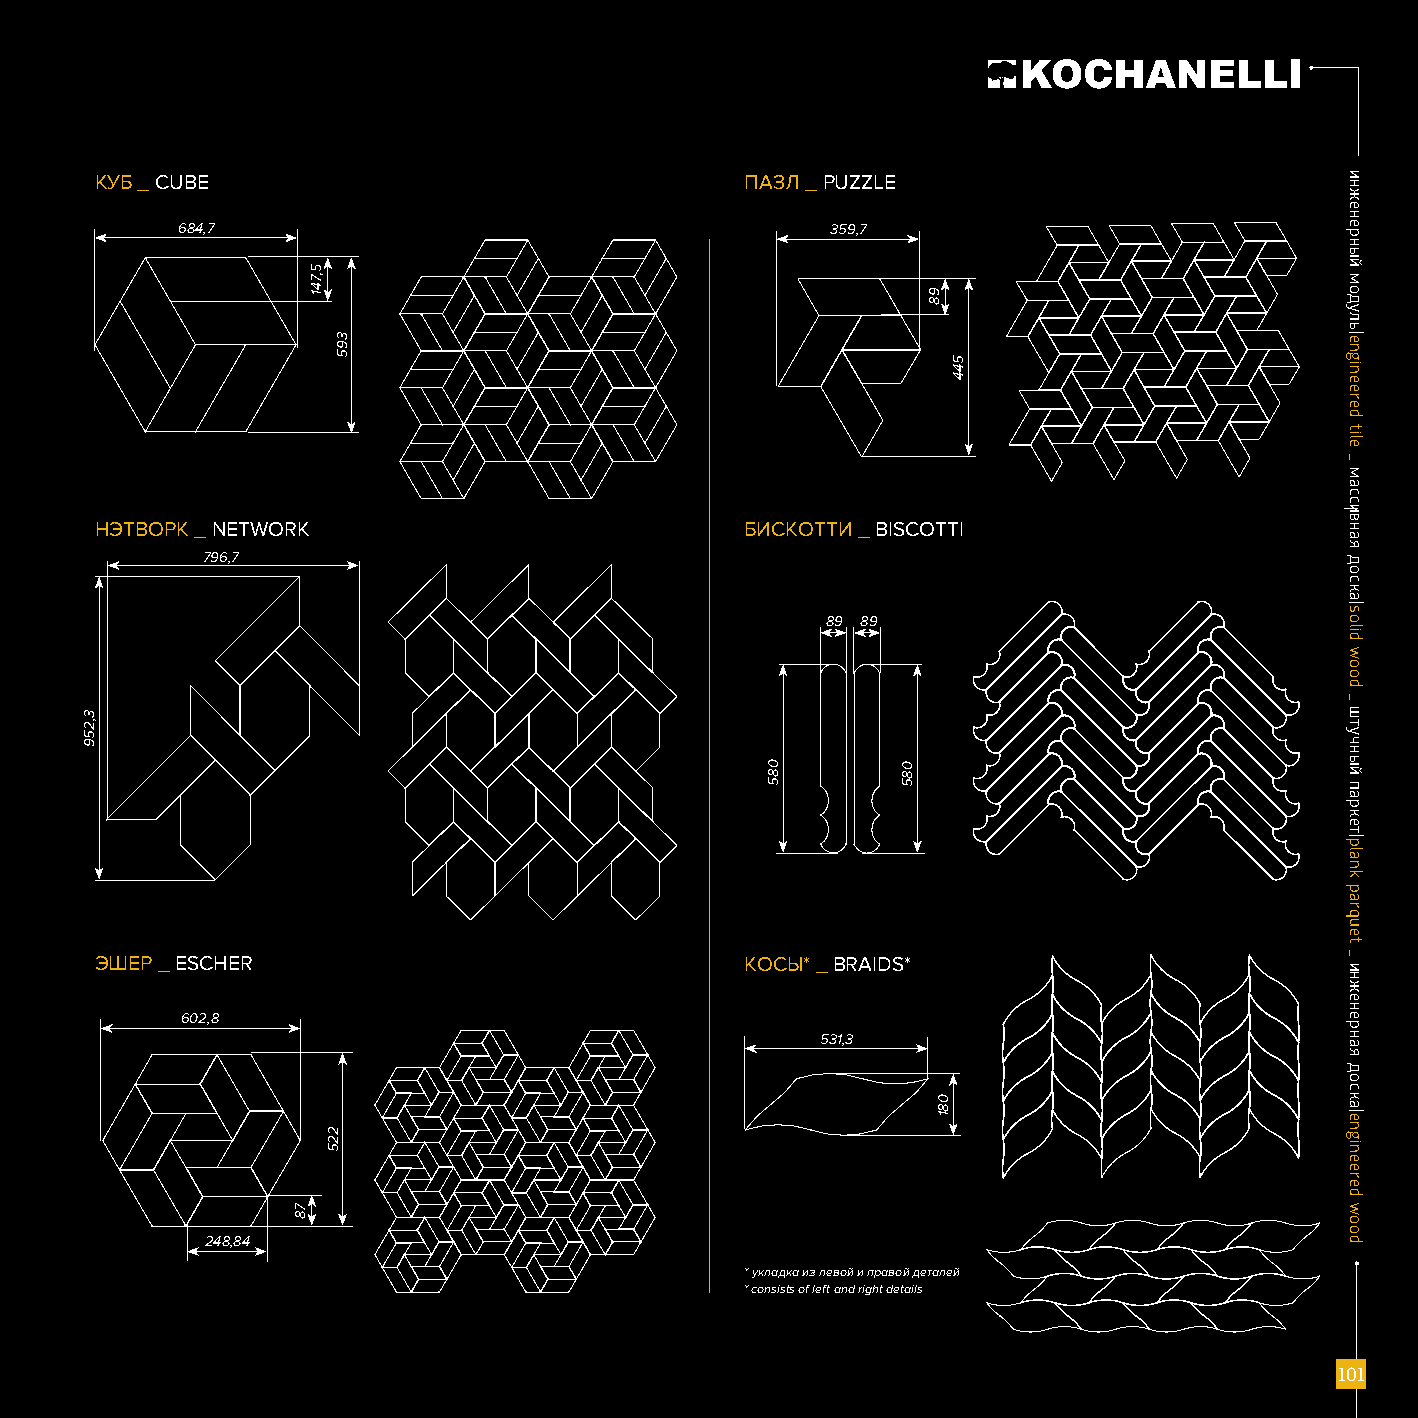
КУБ _ CUBE                                 ПАЗЛ _ PUZZLE
 684,7                                      359,7
 НЭТВОРК _ NETWORK                          БИСКОТТИ _ BISCOTTI
 796,7
 89 89
 ЭШЕР _ ESCHER                              КОСЫ* _ BRAIDS*
 602,8
 531,3
 248,84
 * укладка из левой и правой деталей
 * consists of left and right details
 111000111
 3,259
 78
 5,741
 225
 395
 085      085
 98
 081
 544
 ииннжжееннееррнныыйй
 ммооддуулльь||eennggiinneeeerreedd
 ttiillee
 __
 ммаассссииввннааяя
 ддооссккаа||ssoolliidd
 wwoooodd
 __
 шшттууччнныыйй
 ппааррккеетт||ppllaannkk
 ppaarrqquueett
 __
 ииннжжееннееррннааяя
 ддооссккаа||eennggiinneeeerreedd
 wwoooodd